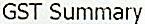
GST SUMMARY